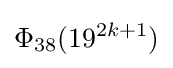
\Phi _{38}(19^{2k+1})